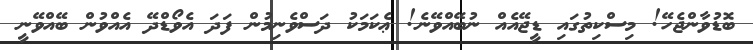
ބޮޑުވާންޖެހޭ! މިސްކިތުގައި ޑީޖޭއެއް ނުބޭއްވޭނެ! ޢެކަމަކު ދަސްވެނިމުން ފަދަ އެވޯޑްދޭ އެއްވުން ބޭއްވޭނީ